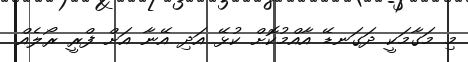
މި މަގާމަކީ ދަގަނޑޭ އާއްމުކޮށް ކުޅޭ އަދި އޭނާ އަށް ފްރީ ރޯލެއް